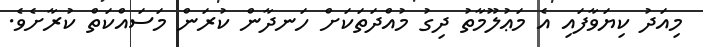
މިއަދު ކިޔަވާފައި އެ މަޢުލޫމާތު ދިގު މުއްދަތަކަށް ހަނދާން ކުރަން މަސައްކަތް ކުރާށެވެ.